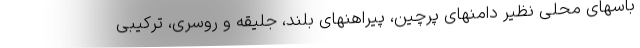
باسهای محلی نظیر دامنهای پرچین، پیراهنهای بلند، جلیقه و روسری، ترکیبی